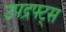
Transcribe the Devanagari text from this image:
उपद्रफ्ट्स